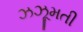
ઝઝૂમતી